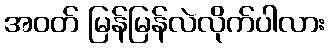
အဝတ် မြန်မြန်လဲလိုက်ပါလား